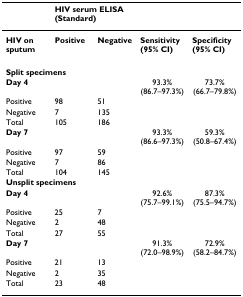
<table><thead><tr><td></td><td colspan="2"><b>HIV serum ELISA (Standard)</b></td><td></td><td></td></tr></thead><tbody><tr><td><b>HIV on sputum</b></td><td><b>Positive</b></td><td><b>Negative</b></td><td><b>Sensitivity (95% CI)</b></td><td><b>Specificity (95% CI)</b></td></tr><tr><td colspan="5"><b>Split specimens</b></td></tr><tr><td><b>Day 4</b></td><td></td><td></td><td>93.3% (86.7–97.3%)</td><td>73.7% (66.7–79.8%)</td></tr><tr><td>Positive</td><td>98</td><td>51</td><td></td><td></td></tr><tr><td>Negative</td><td>7</td><td>135</td><td></td><td></td></tr><tr><td>Total</td><td>105</td><td>186</td><td></td><td></td></tr><tr><td><b>Day 7</b></td><td></td><td></td><td>93.3% (86.6–97.3%)</td><td>59.3% (50.8–67.4%)</td></tr><tr><td>Positive</td><td>97</td><td>59</td><td></td><td></td></tr><tr><td>Negative</td><td>7</td><td>86</td><td></td><td></td></tr><tr><td>Total</td><td>104</td><td>145</td><td></td><td></td></tr><tr><td colspan="5"><b>Unsplit specimens</b></td></tr><tr><td><b>Day 4</b></td><td></td><td></td><td>92.6% (75.7–99.1%)</td><td>87.3% (75.5–94.7%)</td></tr><tr><td>Positive</td><td>25</td><td>7</td><td></td><td></td></tr><tr><td>Negative</td><td>2</td><td>48</td><td></td><td></td></tr><tr><td>Total</td><td>27</td><td>55</td><td></td><td></td></tr><tr><td><b>Day 7</b></td><td></td><td></td><td>91.3% (72.0–98.9%)</td><td>72.9% (58.2–84.7%)</td></tr><tr><td>Positive</td><td>21</td><td>13</td><td></td><td></td></tr><tr><td>Negative</td><td>2</td><td>35</td><td></td><td></td></tr><tr><td>Total</td><td>23</td><td>48</td><td></td><td></td></tr></tbody></table>